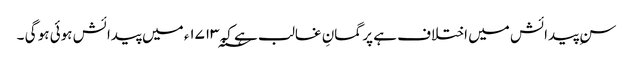
سنِ پیدائش میں اختلاف ہے پر گمانِ غالب ہے کہ ۱۷۱۳؁ء میں پیدائش ہوئی ہو گی ۔